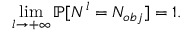
\operatorname* { l i m } _ { l \rightarrow + \infty } \mathbb { P } [ N ^ { l } = N _ { o b j } ] = 1 .